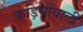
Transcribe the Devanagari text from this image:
कड़ियोंवाली